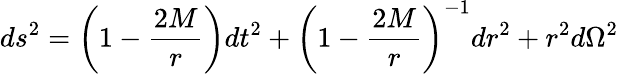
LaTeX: ds^{2}=\left(1-{\frac{2M}{r}}\right)dt^{2}+\left(1-{\frac{2M}{r}}\right)^{-1}dr^{2}+r^{2}d\Omega^{2}